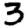
Digit: 3